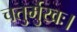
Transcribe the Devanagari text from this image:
चतुर्मुखः।